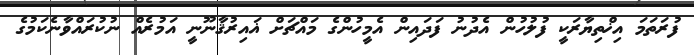
ފުރަތަމަ އިޚްތިޔާރަކީ ފުލުހުން އެދުނު ފަދައިން އެމީހުންގެ މައްޗަށް ޣައިރުޤާނޫނީ އަމުރެއް ނުކުރައްވާނެކަމުގެ